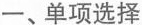
一、单项选择